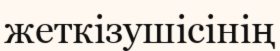
жеткізушісінің